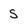
Character: S